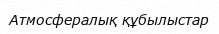
Атмосфералық құбылыстар